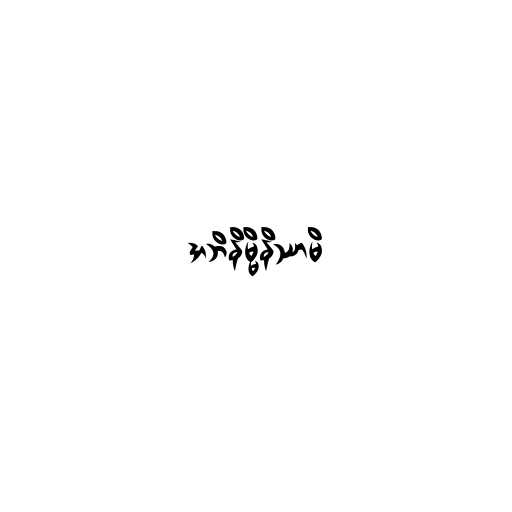
အဘိနိမ္မိနိဿာမိ